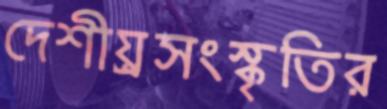
দেশীয়্রসংস্কৃতির